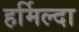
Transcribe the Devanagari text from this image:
हर्मिल्दा